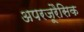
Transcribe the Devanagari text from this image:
अपरजूरैसिक